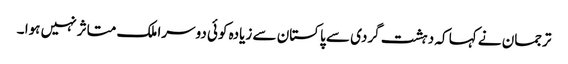
ترجمان نے کہا کہ دہشت گردی سے پاکستان سے زیادہ کوئی دوسرا ملک متاثر نہیں ہوا ۔